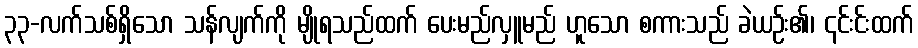
၃၃-လက်သစ်ရှိသော သန်လျက်ကို မျိုရသည်ထက် ပေးမည်လှူမည် ဟူသော စကားသည် ခဲယဉ်း၏၊ ၎င်းင်းထက်